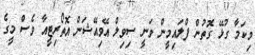
މިކަމާ ގުޅޭ ގޮތުން ފްލައިމީން ވަނީ ސިވިލް އޭވިއޭޝަން އޮތޯރިޓީއާ ވެސް މީގެ